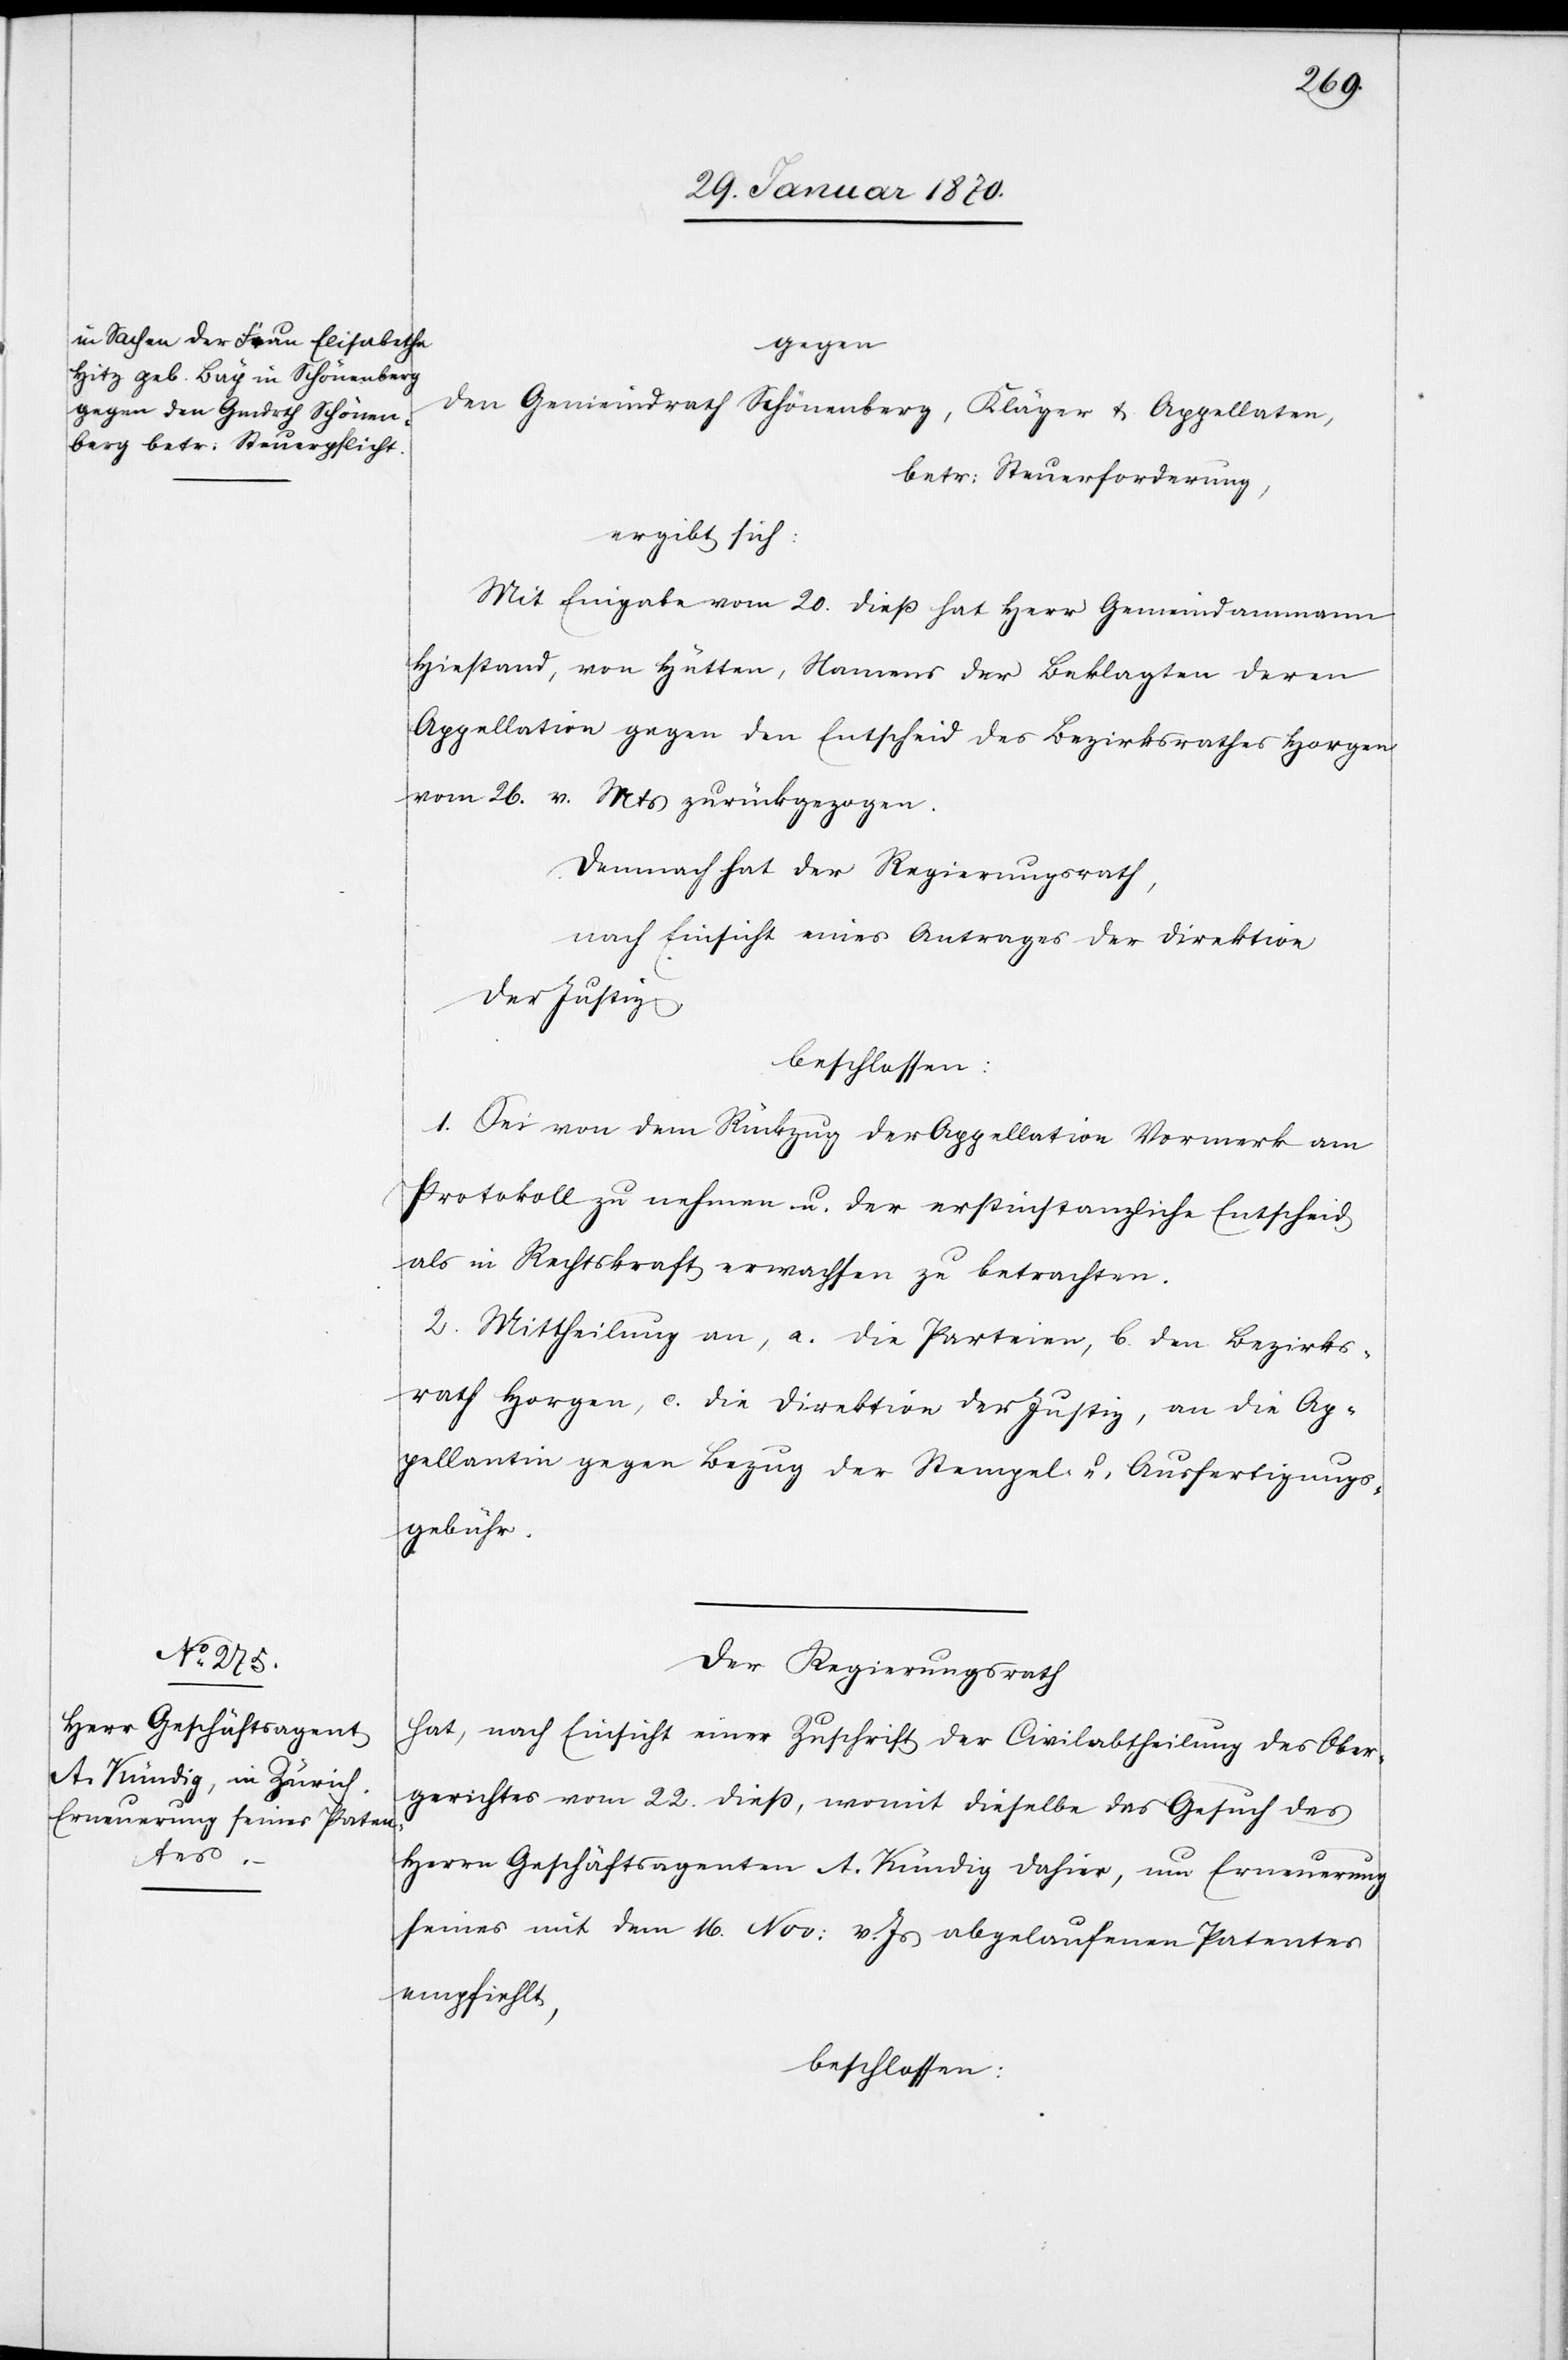
gegen
den Gemeindrath Schönenberg, Kläger & Appellaten,
betr: Steuerforderung
ergibt sich:
Mit Eingabe vom 20. dieß hat Herr Gemeindammann
Hiestand, von Hütten, Namens der Beklagten deren
Appellation gegen den Entscheid des Bezirksrathes Horgen
vom 26. v. Mts zurückgezogen.
Demnach hat der Regierungsrath,
nach Einsicht eines Antrages der Direktion
der Justiz,
beschlossen:
1. Sei von dem Rückzug der Appellation Vormerk am
Protokoll zu nehmen u. der erstinstanzliche Entscheid
als in Rechtskraft erwachsen zu betrachten.
2. Mittheilung an, a. die Parteien, b. den Bezirks¬
rath Horgen, c. die Direktion der Justiz, an die Ap¬
pellantin gegen Bezug der Stempel- u- Ausfertigungs¬
gebühr.
Der Regierungsrath
hat, nach Einsicht einer Zuschrift der Civilabtheilung des Ober¬
gerichtes vom 22. dieß, womit dieselbe das Gesuch des
Herrn Geschäftsagenten A. Kündig dahier, um Erneuerung
seines mit dem 16. Nov: v. Js abgelaufenen Patentes
empfiehlt,
beschlossen: